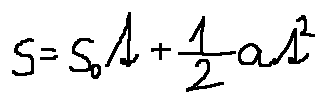
s = s _ { 0 } t + \frac { 1 } { 2 } a t ^ { 2 }